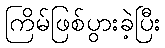
ကြိမ်ဖြစ်ပွားခဲ့ပြီး